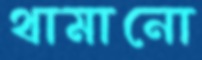
থামানো